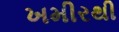
ખમીરથી